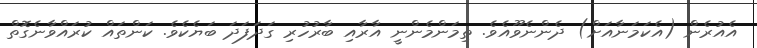
އެއުރެން (އެކަމަނާއަށް) ދެންނެވޫއެވެ. ތިމަންމެންނީ އާރާއި ބާރުހުރި ގަދަފަދަ ބަޔެކެވެ. ކަންތައް ކުރައްވާނެގޮތް